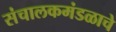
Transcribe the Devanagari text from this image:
संचालकमंडळाचे